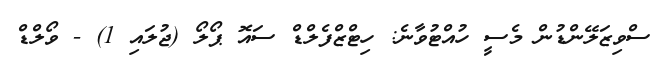
ސްވިޒަލޭންޑުން މެސީ ހުއްޓުވާނެ: ހިޓްޒްފެލްޑް ސައޮ ޕޯލޯ (ޖުލައި 1) - ވޯލްޑް